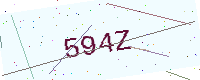
Text: 594Z